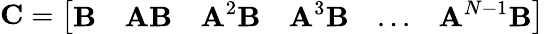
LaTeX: \textbf{C}=\left[\begin{array}{llllll}{\textbf{B}}&{\textbf{AB}}&{\textbf{A}^{2}\textbf{B}}&{\textbf{A}^{3}\textbf{B}}&{...}&{\textbf{A}^{N-1}\textbf{B}}\end{array}\right]